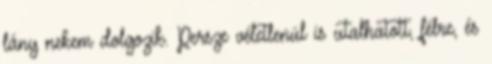
lány nekem dolgozik. Persze véletlenül is utalhatott, félre, és